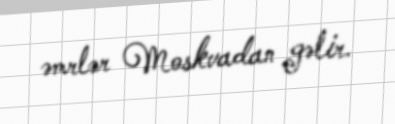
əmrlər Moskvadan gəlir.